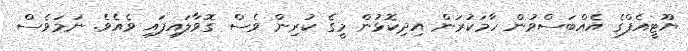
ޔޫޓީއެފްގެ އެއްބަސްވުން ހާމަކުރަން އިދިކޮޅުން މީގެ ކުރިން ވެސް ގޮވާލައިފައި ވެއެވެ. ނަމަވެސް